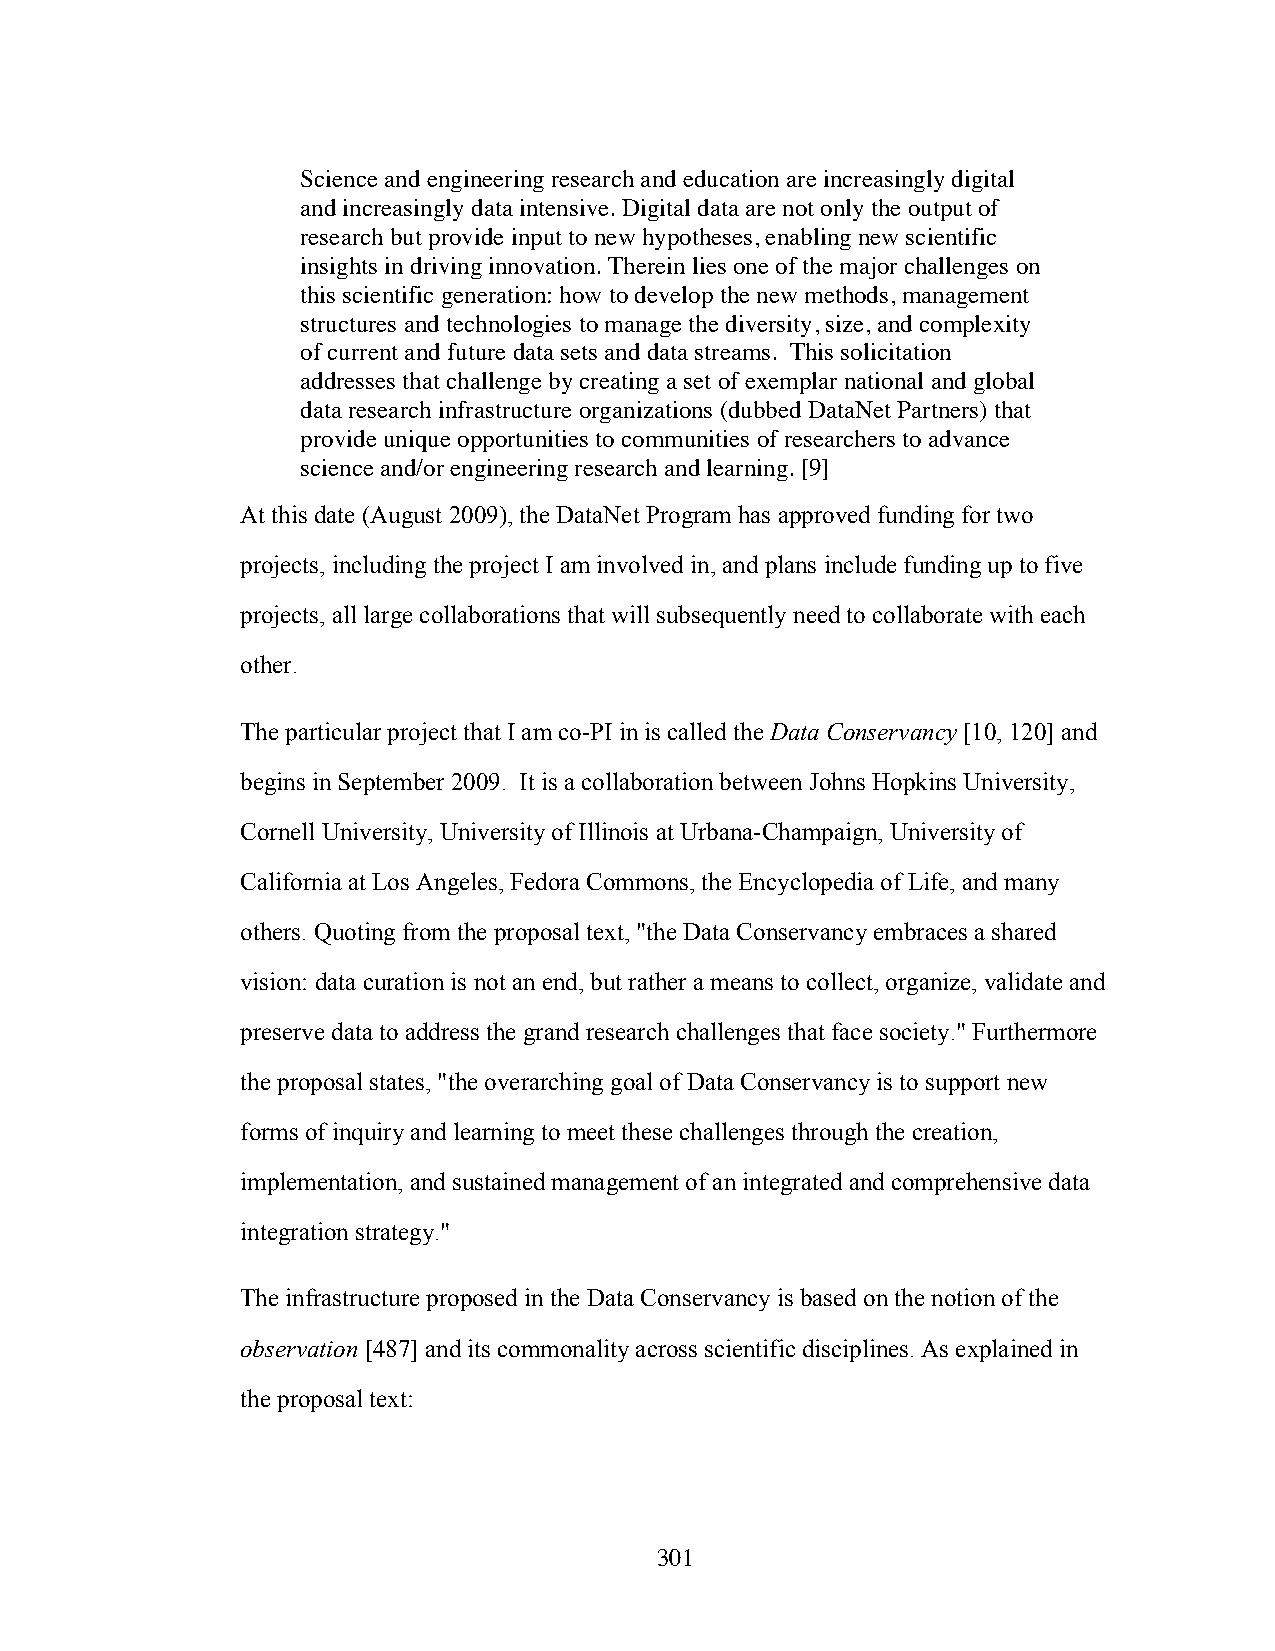
Science and engineering research and education are increasingly digital
 and increasingly data intensive. Digital data are not only the output of
 research but provide input to new hypotheses, enabling new scientific
 insights in driving innovation. Therein lies one of the major challenges on
 this scientific generation: how to develop the new methods, management
 structures and technologies to manage the diversity, size, and complexity
 of current and future data sets and data streams. This solicitation
 addresses that challenge by creating a set of exemplar national and global
 data research infrastructure organizations (dubbed DataNet Partners) that
 provide unique opportunities to communities of researchers to advance
 science and/or engineering research and learning. [9]
 At this date (August 2009), the DataNet Program has approved funding for two
 projects, including the project I am involved in, and plans include funding up to five
 projects, all large collaborations that will subsequently need to collaborate with each
 other.
 The particular project that I am co-PI in is called the Data Conservancy [10, 120] and
 begins in September 2009. It is a collaboration between Johns Hopkins University,
 Cornell University, University of Illinois at Urbana-Champaign, University of
 California at Los Angeles, Fedora Commons, the Encyclopedia of Life, and many
 others. Quoting from the proposal text, "the Data Conservancy embraces a shared
 vision: data curation is not an end, but rather a means to collect, organize, validate and
 preserve data to address the grand research challenges that face society." Furthermore
 the proposal states, "the overarching goal of Data Conservancy is to support new
 forms of inquiry and learning to meet these challenges through the creation,
 implementation, and sustained management of an integrated and comprehensive data
 integration strategy."
 The infrastructure proposed in the Data Conservancy is based on the notion of the
 observation [487] and its commonality across scientific disciplines. As explained in
 the proposal text:
 301